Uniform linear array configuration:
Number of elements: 12
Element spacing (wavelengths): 0.5
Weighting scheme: kaiser
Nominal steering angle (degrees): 30
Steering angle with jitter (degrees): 29.247
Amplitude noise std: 0.05
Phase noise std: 0.05

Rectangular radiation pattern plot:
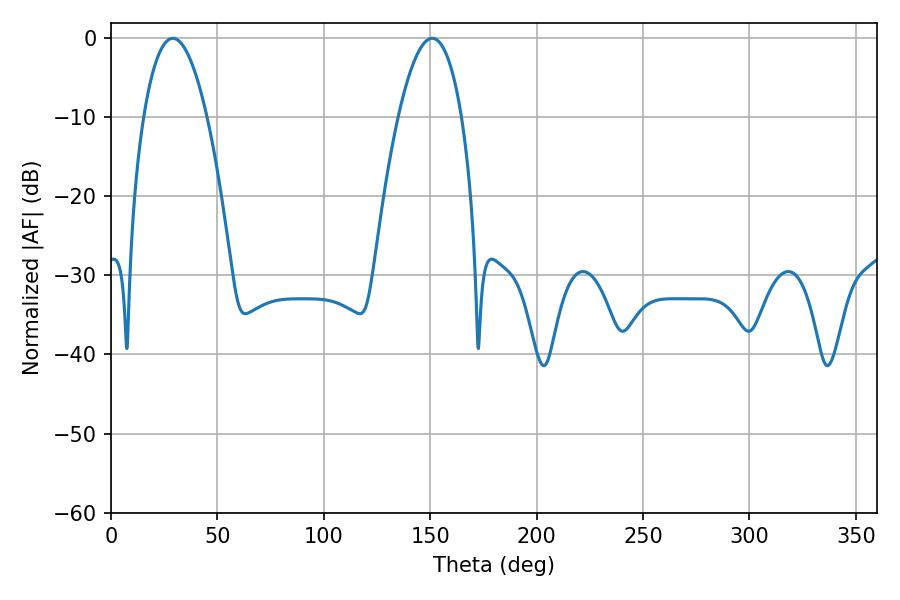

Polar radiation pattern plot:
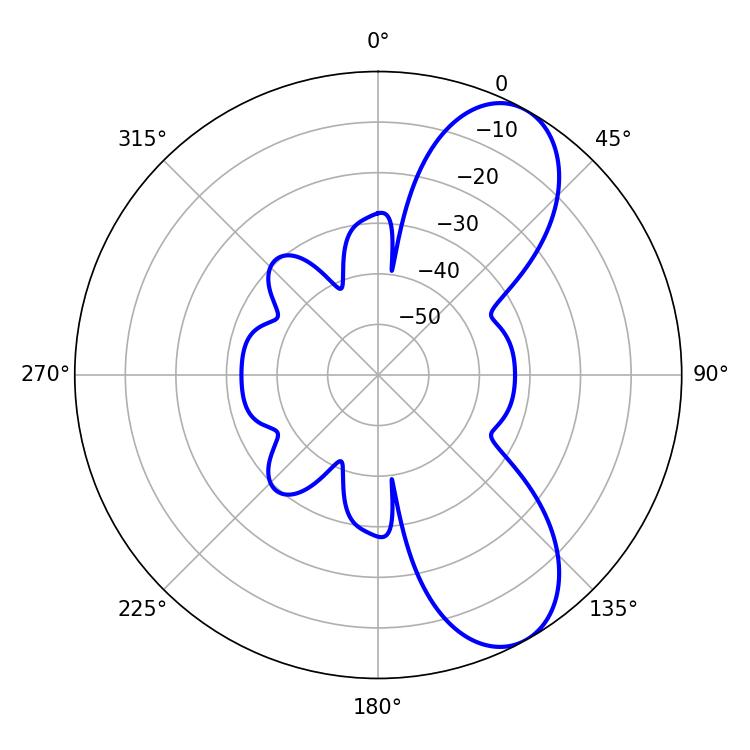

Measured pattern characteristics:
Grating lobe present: FALSE
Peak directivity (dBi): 8.212
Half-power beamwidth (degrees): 16.38
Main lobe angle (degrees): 28.98